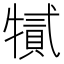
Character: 㹑